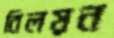
বিলয়ন